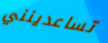
تساعدينني